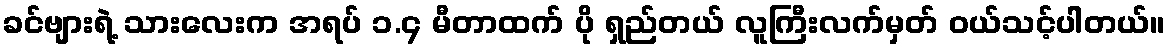
ခင်ဗျားရဲ့ သားလေးက အရပ် ၁.၄ မီတာထက် ပို ရှည်တယ် လူကြီးလက်မှတ် ဝယ်သင့်ပါတယ်။